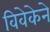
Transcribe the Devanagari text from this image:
विवेकेने